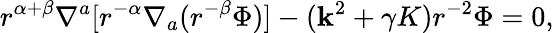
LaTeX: r^{\alpha+\beta}\nabla^{a}[r^{-\alpha}\nabla_{a}(r^{-\beta}\Phi)]-({\mathbf k}^{2}+\gamma K)r^{-2}\Phi=0,